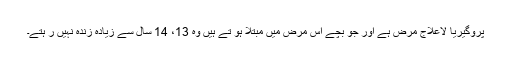
پروگیریا لاعلاج مرض ہے اور جو بچے اس مرض میں مبتلا ہو تے ہیں وہ 13، 14 سال سے زیادہ زندہ نہیں ر ہتے۔